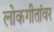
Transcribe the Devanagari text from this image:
लोकगीतांवर